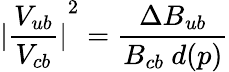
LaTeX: {|{\frac{V_{ub}}{V_{cb}}}|}^{2}={\frac{\Delta B_{ub}}{B_{cb}~d(p)}}